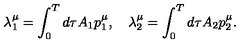
\lambda _ { 1 } ^ { \mu } = \int _ { 0 } ^ { T } d \tau A _ { 1 } p _ { 1 } ^ { \mu } , \quad \lambda _ { 2 } ^ { \mu } = \int _ { 0 } ^ { T } d \tau A _ { 2 } p _ { 2 } ^ { \mu } .